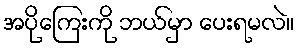
အပိုကြေးကို ဘယ်မှာ ပေးရမလဲ။